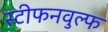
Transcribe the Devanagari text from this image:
स्टीफनवुल्फ